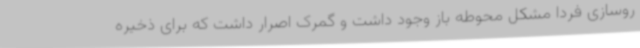
روسازی فردا مشکل محوطه باز وجود داشت و گمرک اصرار داشت که برای ذخیره